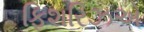
ફિશરિઝએ